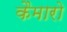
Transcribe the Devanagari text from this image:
कैमारो